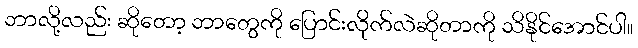
ဘာလို့လည်း ဆိုတော့ ဘာတွေကို ပြောင်းလိုက်လဲဆိုတာကို သိနိုင်အောင်ပါ။